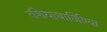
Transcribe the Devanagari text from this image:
रशियाधार्जिण्या